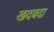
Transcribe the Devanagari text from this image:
खदबदा